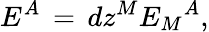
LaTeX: E^{A}\, =\, dz^{M}{{E_{M}}^{A}},